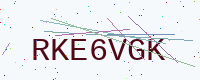
Text: RKE6VGK